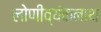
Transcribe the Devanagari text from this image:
लोणीव्यंकनाथ